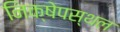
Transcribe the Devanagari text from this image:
निक्षेपस्थल